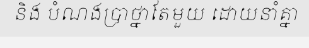
និង បំណងប្រាថ្នាតែមួយ ដោយនាំគ្នា